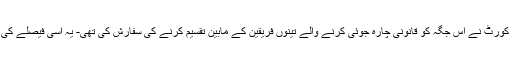
اسی سال اس معاملے پر سماعت کرنے والی الہ آباد ہائی کورٹ نے اس جگہ کو قانونی چارہ جوئی کرنے والے تینوں فریقین کے مابین تقسیم کرنے کی سفارش کی تھی- یہ اُسی فیصلے کی اپیل ہے، جس پر اب سپریم کورٹ سماعت کر رہی ہے۔